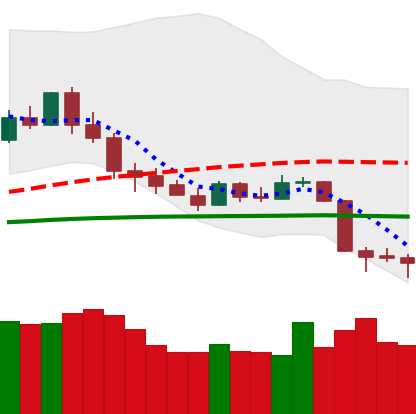
Ticker: XMR-USD
Chart end date: 2020-03-11
Forward return: -37.507%
Label: down_7plus